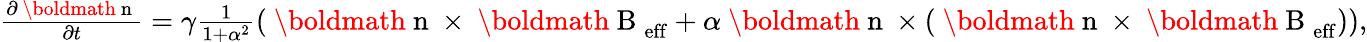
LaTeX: \begin{array}{r}{\frac{\partial\mathrm{~\boldmath~n~}}{\partial t}=\gamma\frac{1}{1+\alpha^{2}}\left(\mathrm{~\boldmath~n~}\times\mathrm{~\boldmath~B~}_{\mathrm{eff}}+\alpha\mathrm{~\boldmath~n~}\times\left(\mathrm{~\boldmath~n~}\times\mathrm{~\boldmath~B~}_{\mathrm{eff}}\right)\right),}\end{array}